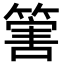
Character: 𥰶